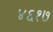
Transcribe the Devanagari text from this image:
४६१७